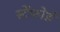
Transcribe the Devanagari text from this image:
स्टेंफोर्ड